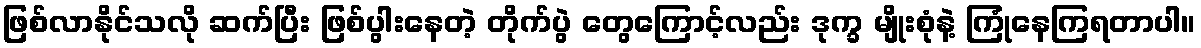
ဖြစ်လာနိုင်သလို ဆက်ပြီး ဖြစ်ပွါးနေတဲ့ တိုက်ပွဲ တွေကြောင့်လည်း ဒုက္ခ မျိုးစုံနဲ့ ကြုံနေကြရတာပါ။